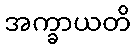
အက္ခာယတိ